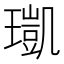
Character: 𤩑